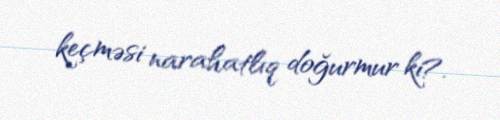
keçməsi narahatlıq doğurmur ki?.